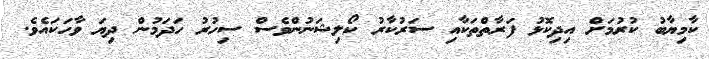
ކާމިޔާބު ކުރުމަށް އިދިކޮޅު ފަރާތްތަކާއި ސަރުކާރު ކޯލިޝަނުންވެސް ސިހުރު ހަދަމުން ދިޔަ ވާހަކައެވެ.